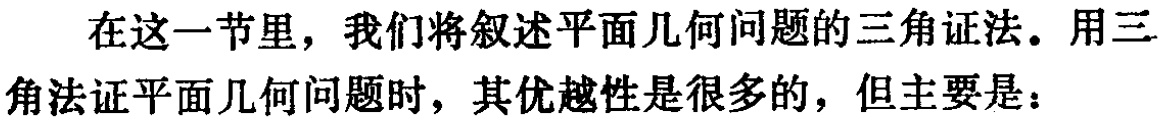
在这一节里，我们将叙述平面几何问题的三角证法。用三角法证平面几何问题时，其优越性是很多的，但主要是：